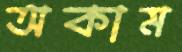
অকাম